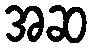
အဆ